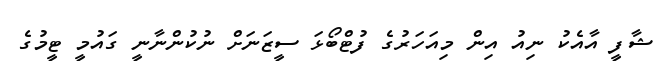
ޝާފީ އާއެކު ނިއު އިން މިއަހަރުގެ ފުޓްބޯޅަ ސީޒަނަށް ނުކުންނާނީ ގައުމީ ޓީމުގެ